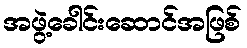
အဖွဲ့ခေါင်းဆောင်အဖြစ်